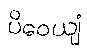
ပိဝေယျံ